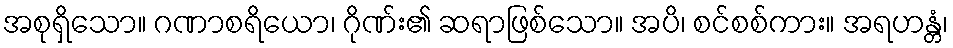
အစုရှိသော။ ဂဏာစရိယော၊ ဂိုဏ်း၏ ဆရာဖြစ်သော။ အပိ၊ စင်စစ်ကား။ အရဟန္တံ၊